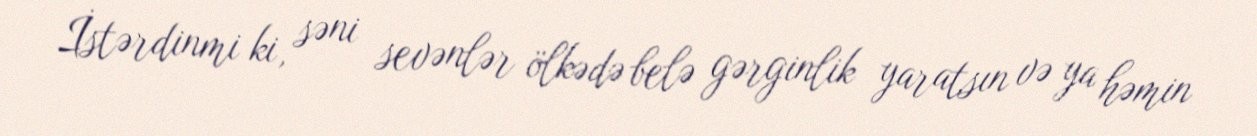
İstərdinmi ki, səni sevənlər ölkədə belə gərginlik yaratsın və ya həmin